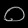
Digit: ၀